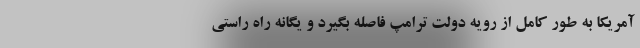
آمریکا به طور کامل از رویه دولت ترامپ فاصله بگیرد و یگانه راه راستی